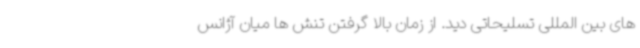
های بین المللی تسلیحاتی دید. از زمان بالا گرفتن تنش ها میان آژانس